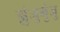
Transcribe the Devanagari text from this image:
झुंजुमुंजु